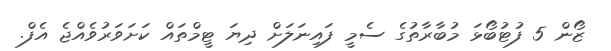
ޒޯން 5 ފުޓުބޯޅަ މުބާރާތުގެ ސެމީ ފައިނަލަށް ދިޔަ ޓީމްތައް ކަށަވަރުވެއްޖެ އެފް.